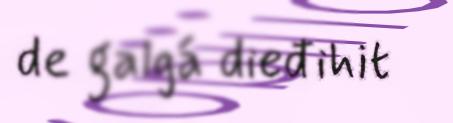
de galgá dieđihit